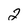
Character: 2